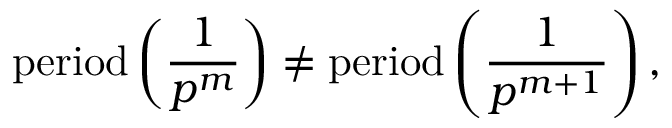
{ \mathrm { p e r i o d } } \left( { \frac { 1 } { p ^ { m } } } \right) \neq { \mathrm { p e r i o d } } \left( { \frac { 1 } { p ^ { m + 1 } } } \right) ,